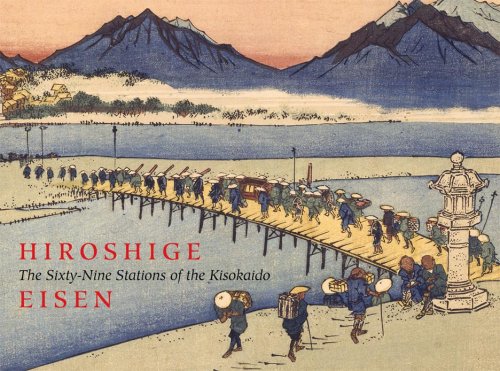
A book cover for The Sixty-Nine Stations of the Kisokaido; Arts & Photography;